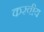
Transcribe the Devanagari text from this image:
करवीय